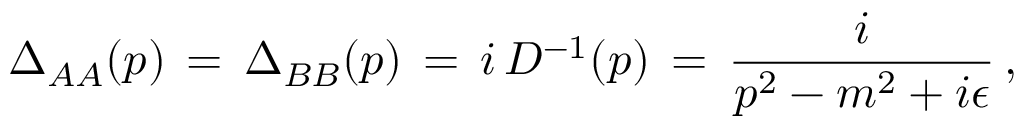
\Delta _ { A A } ( p ) \, = \, \Delta _ { B B } ( p ) \, = \, i \, { \cal D } ^ { - 1 } ( p ) \, = \, \frac { i } { p ^ { 2 } - m ^ { 2 } + i \epsilon } \, ,